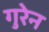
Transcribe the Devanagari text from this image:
गुरेन